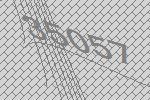
35057